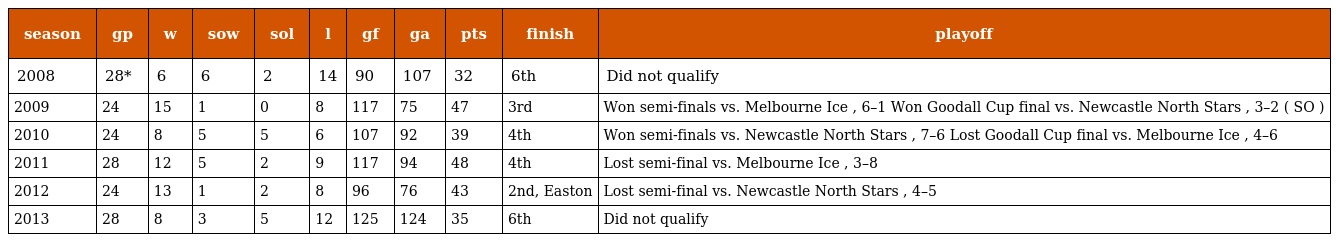
| season | gp | w | sow | sol | l | gf | ga | pts | finish | playoff |
 | --- | --- | --- | --- | --- | --- | --- | --- | --- | --- | --- |
 | 2008 | 28* | 6 | 6 | 2 | 14 | 90 | 107 | 32 | 6th | Did not qualify |
 | 2009 | 24 | 15 | 1 | 0 | 8 | 117 | 75 | 47 | 3rd | Won semi-finals vs. Melbourne Ice , 6–1 Won Goodall Cup final vs. Newcastle North Stars , 3–2 ( SO ) |
 | 2010 | 24 | 8 | 5 | 5 | 6 | 107 | 92 | 39 | 4th | Won semi-finals vs. Newcastle North Stars , 7–6 Lost Goodall Cup final vs. Melbourne Ice , 4–6 |
 | 2011 | 28 | 12 | 5 | 2 | 9 | 117 | 94 | 48 | 4th | Lost semi-final vs. Melbourne Ice , 3–8 |
 | 2012 | 24 | 13 | 1 | 2 | 8 | 96 | 76 | 43 | 2nd, Easton | Lost semi-final vs. Newcastle North Stars , 4–5 |
 | 2013 | 28 | 8 | 3 | 5 | 12 | 125 | 124 | 35 | 6th | Did not qualify |